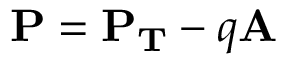
\mathbf { P } = \mathbf { P _ { T } } - q \mathbf { A }